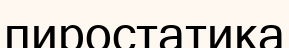
пиростатика